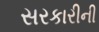
સરકારીની